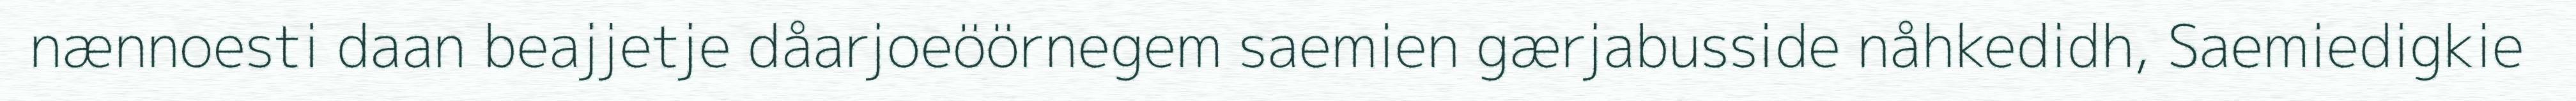
nænnoesti daan beajjetje dåarjoeöörnegem saemien gærjabusside nåhkedidh, Saemiedigkie